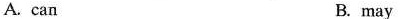
A. can B. may